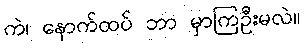
ကဲ၊ နောက်ထပ် ဘာ မှာကြဦးမလဲ။